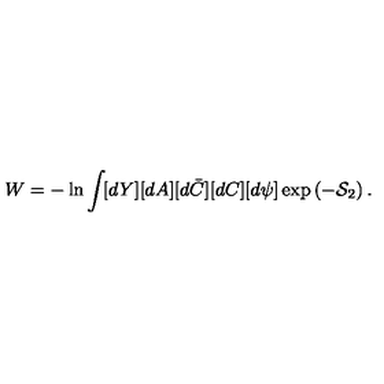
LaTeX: W = - \ln \int \! [ d Y ] [ d A ] [ d \bar { C } ] [ d C ] [ d \psi ] \exp \left( - \mathcal { S } _ { 2 } \right) .